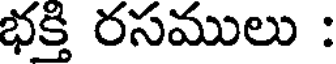
భక్తి రసములు :